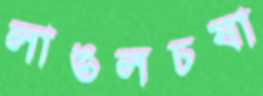
লাঙলচষা